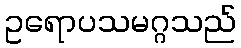
ဥရောပသမဂ္ဂသည်